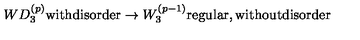
W D _ { 3 } ^ { ( p ) } \mathrm { w i t h d i s o r d e r } \rightarrow W _ { 3 } ^ { ( p - 1 ) } \mathrm { r e g u l a r , w i t h o u t d i s o r d e r }